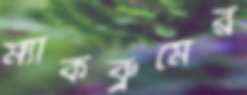
ম্যাকব্রুমের